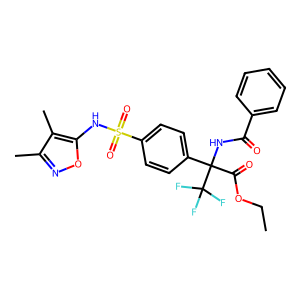
SMILES: CCOC(=O)C(NC(=O)c1ccccc1)(c1ccc(S(=O)(=O)Nc2onc(C)c2C)cc1)C(F)(F)F
Inhibits HIV replication: No